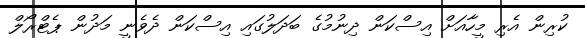
ކުރިން އެރި މީހާއަށް އިސްކަން ދިނުމުގެ ބަދަލުގައި އިސްކަން ދެވެނީ މަދުން ޕެޓްރޯލް